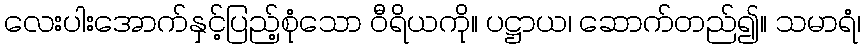
လေးပါးအောက်နှင့်ပြည့်စုံသော ဝီရိယကို။ ပဋ္ဌာယ၊ ဆောက်တည်၍။ သမာရံ၊